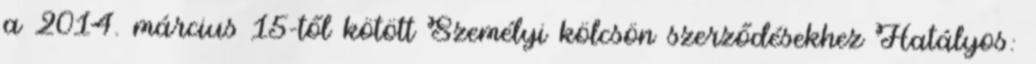
a 2014. március 15-től kötött Személyi kölcsön szerződésekhez Hatályos: